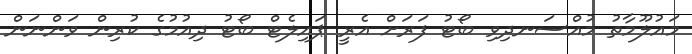
މައުލޫމާތު މުއްސަނދިވި ބޯޓު ފަރަށް އެރީ ޕައިލެޓް ބޯޓު ދިއުމުގެ ކުރިން ވަންނަން